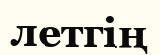
летгің